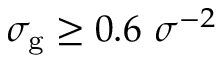
\sigma _ { \mathrm { g } } \geq 0 . 6 ~ \sigma ^ { - 2 }